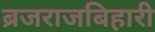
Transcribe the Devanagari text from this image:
ब्रजराजबिहारी